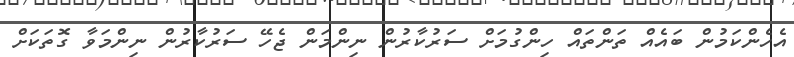
އެހެންކަމުން ބައެއް ތަންތައް ހިންގުމަށް ސަރުކާރުން ނިންމަން ޖެހޭ ސަރުކާރުން ނިންމަވާ ގޮތަކަށް